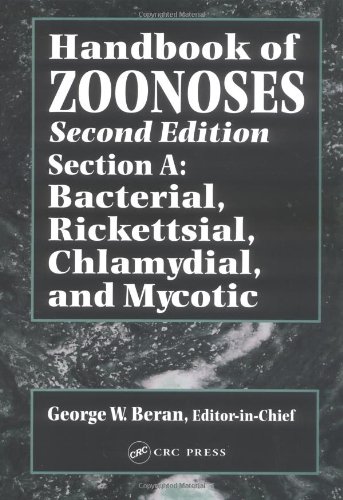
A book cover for Handbook of Zoonoses /A: Hdbk of ZoonosesSection A (CRC) (closed) /a: Handbook of Zoonoses, Second Edition, Section A: Bacterial, Rickettsial, Chlamydial, and Mycotic Zoonoses; Medical Books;